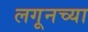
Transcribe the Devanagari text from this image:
लगूनच्या